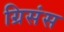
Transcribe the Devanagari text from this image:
ग्रिसंस